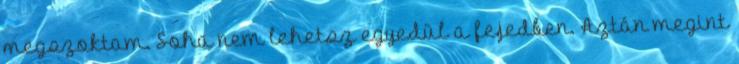
megszoktam. Soha nem lehetsz egyedül a fejedben. Aztán megint